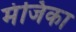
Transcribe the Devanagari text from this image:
मंजिका